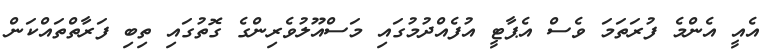
އެއީ އެންމެ ފުރަތަމަ ވެސް އެޕާޓީ އުފެއްދުމުގައި މަސްއޫލުވެރިންގެ ގޮތުގައި ތިބި ފަރާތްތައްކަން